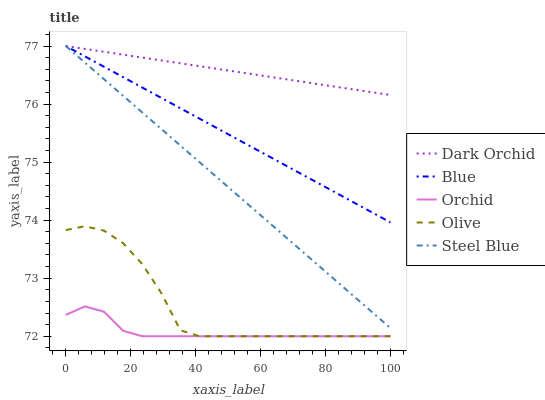
| xaxis_label | Dark Orchid | Blue | Orchid | Olive | Steel Blue |
 | --- | --- | --- | --- | --- | --- |
 | 0 | 77 | 77 | 72.4 | 73.8 | 77 |
 | 5.88 | 77 | 76.8 | 72.5 | 73.9 | 76.7 |
 | 11.8 | 76.9 | 76.6 | 72.4 | 73.8 | 76.4 |
 | 17.6 | 76.9 | 76.5 | 72.1 | 73.6 | 76.1 |
 | 23.5 | 76.8 | 76.3 | 72 | 73.2 | 75.9 |
 | 29.4 | 76.8 | 76.1 | 72 | 72.7 | 75.6 |
 | 35.3 | 76.7 | 75.9 | 72 | 72.1 | 75.3 |
 | 41.2 | 76.7 | 75.7 | 72 | 72 | 75 |
 | 47.1 | 76.6 | 75.6 | 72 | 72 | 74.7 |
 | 52.9 | 76.6 | 75.4 | 72 | 72 | 74.4 |
 | 58.8 | 76.5 | 75.2 | 72 | 72 | 74.1 |
 | 64.7 | 76.5 | 75 | 72 | 72 | 73.9 |
 | 70.6 | 76.4 | 74.9 | 72 | 72 | 73.6 |
 | 76.5 | 76.4 | 74.7 | 72 | 72 | 73.3 |
 | 82.4 | 76.3 | 74.5 | 72 | 72 | 73 |
 | 88.2 | 76.3 | 74.3 | 72 | 72 | 72.7 |
 | 94.1 | 76.2 | 74.1 | 72 | 72 | 72.4 |
 | 100 | 76.2 | 74 | 72 | 72 | 72.1 |